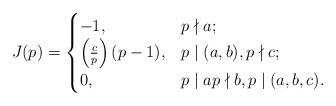
LaTeX: \begin{align*}J(p) = \begin{cases}-1, & p\nmid a; \\\left( \frac{c}{p} \right)(p-1), & p \mid (a,b), p\nmid c; \\0, & p \mid a p\nmid b, p\mid (a,b,c).\end{cases}\end{align*}